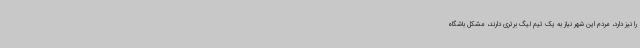
را نیز دارد، مردم این شهر نیاز به یک تیم لیگ برتری دارند، مشکل باشگاه